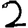
Digit: 2